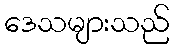
ဒေသများသည်